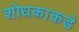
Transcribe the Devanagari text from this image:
शोधकाकडे